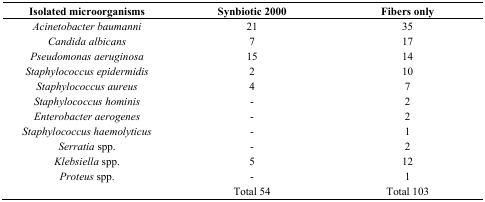
| Isolated microorganisms | Synbiotic 2000 | Fibers only |
 | --- | --- | --- |
 | Acinetobacter baumanni | 21 | 35 |
 | Candida albicans | 7 | 17 |
 | Pseudomonas aeruginosa | 15 | 14 |
 | Staphylococcus epidermidis | 2 | 10 |
 | Staphylococcus aureus | 4 | 7 |
 | Staphylococcus hominis | - | 2 |
 | Enterobacter aerogenes | - | 2 |
 | Staphylococcus haemolyticus | - | 1 |
 | Serratia spp. | - | 2 |
 | Klebsiella spp. | 5 | 12 |
 | Proteus spp. | - | 1 |
 |  | Total 54 | Total 103 |